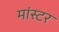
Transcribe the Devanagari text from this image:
मांस्टर